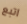
اتبع